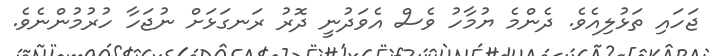
ޖަހައި ތަޅުލިއެވެ. ދެންމެ ޔުމާހު ވެސް އެވަދުނީ ދޮރު ރަނގަޅަށް ނުޖަހާ ހުރުމުންނެވެ.